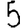
Digit: 5